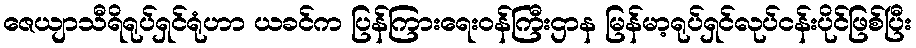
ဇေယျာသီရိရုပ်ရှင်ရုံဟာ ယခင်က ပြန်ကြားရေးဝန်ကြီးဌာန မြန်မာ့ရုပ်ရှင်လုပ်ငန်းပိုင်ဖြစ်ပြီး